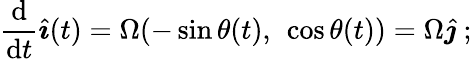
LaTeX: {\frac{\mathrm{d}}{\mathrm{d}t}}{\hat{\boldsymbol{\imath}}}(t)=\Omega(-\sin\theta(t),\ \cos\theta(t))=\Omega{\hat{\boldsymbol{\jmath}}}\ ;